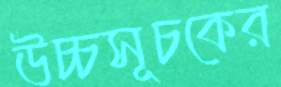
উচ্চসূচকের